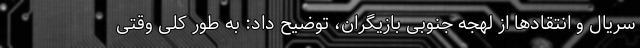
سریال و انتقادها از لهجه جنوبی بازیگران، توضیح داد: به طور کلی وقتی